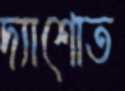
দ্যাশোত